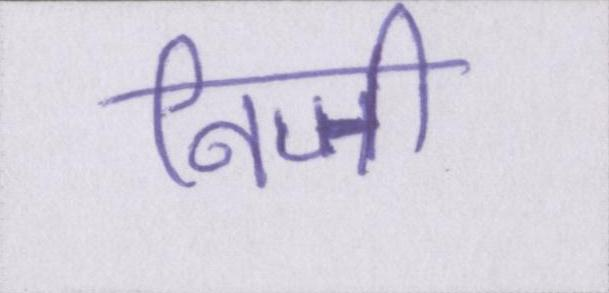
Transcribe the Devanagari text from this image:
निजी